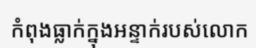
កំពុងធ្លាក់ក្នុងអន្ទាក់របស់លោក